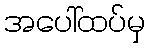
အပေါ်ထပ်မှ